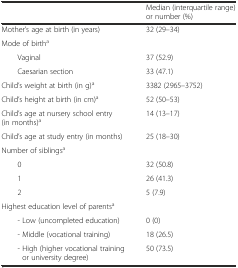
<table><thead><tr><td></td><td><b>Median (interquartile range) or number (%)</b></td></tr></thead><tbody><tr><td>Mother’s age at birth (in years)</td><td>32 (29–34)</td></tr><tr><td>Mode of birth<sup>a</sup></td><td></td></tr><tr><td>Vaginal</td><td>37 (52.9)</td></tr><tr><td>Caesarian section</td><td>33 (47.1)</td></tr><tr><td>Child’s weight at birth (in g)<sup>a</sup></td><td>3382 (2965–3752)</td></tr><tr><td>Child’s height at birth (in cm)<sup>a</sup></td><td>52 (50–53)</td></tr><tr><td>Child’s age at nursery school entry (in months)<sup>a</sup></td><td>14 (13–17)</td></tr><tr><td>Child’s age at study entry (in months)</td><td>25 (18–30)</td></tr><tr><td>Number of siblings<sup>a</sup></td><td></td></tr><tr><td>0</td><td>32 (50.8)</td></tr><tr><td>1</td><td>26 (41.3)</td></tr><tr><td>2</td><td>5 (7.9)</td></tr><tr><td>Highest education level of parents<sup>a</sup></td><td></td></tr><tr><td>- Low (uncompleted education)</td><td>0 (0)</td></tr><tr><td>- Middle (vocational training)</td><td>18 (26.5)</td></tr><tr><td>- High (higher vocational training or university degree)</td><td>50 (73.5)</td></tr></tbody></table>